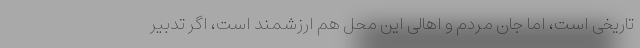
تاریخی است، اما جان مردم و اهالی این محل هم ارزشمند است، اگر تدبیر